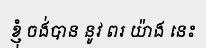
ខ្ញុំ ចង់បាន នូវ ពរ យ៉ាង នេះ